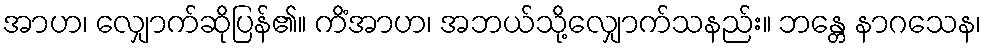
အာဟ၊ လျှောက်ဆိုပြန်၏။ ကိံအာဟ၊ အဘယ်သို့လျှောက်သနည်း။ ဘန္တေ နာဂသေန၊